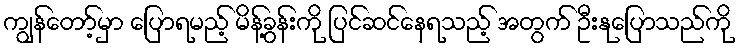
ကျွန်တော့်မှာ ပြောရမည့် မိန့်ခွန်းကို ပြင်ဆင်နေရသည့် အတွက် ဦးနုပြောသည်ကို